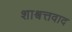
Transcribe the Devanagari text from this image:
शाश्वत्तवाद